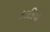
કડકિયા